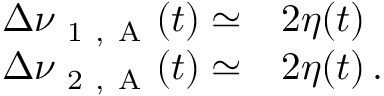
\begin{array} { r l } { \Delta \nu _ { \mathrm { ~ 1 ~ , ~ A ~ } } ( t ) \simeq } & { { } 2 \eta ( t ) } \\ { \Delta \nu _ { \mathrm { ~ 2 ~ , ~ A ~ } } ( t ) \simeq } & { { } 2 \eta ( t ) \, . } \end{array}